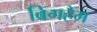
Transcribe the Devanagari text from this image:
ब्रिगहैम